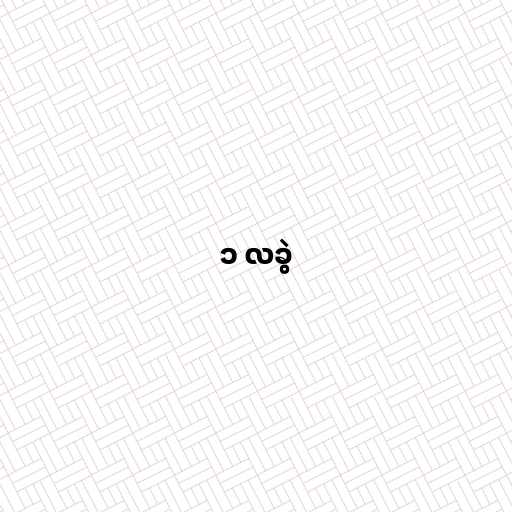
၁ လခွဲ